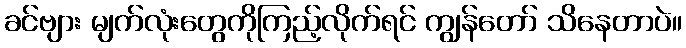
ခင်ဗျား မျက်လုံးတွေကိုကြည့်လိုက်ရင် ကျွန်တော် သိနေတာပဲ။